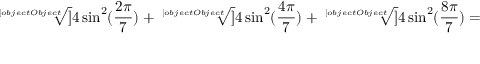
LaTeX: { \sqrt [ [object Object] ] { 4 \sin ^ { 2 } ( { \frac { 2 \pi } { 7 } } ) } } + { \sqrt [ [object Object] ] { 4 \sin ^ { 2 } ( { \frac { 4 \pi } { 7 } } ) } } + { \sqrt [ [object Object] ] { 4 \sin ^ { 2 } ( { \frac { 8 \pi } { 7 } } ) } } =